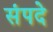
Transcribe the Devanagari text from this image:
संपदे